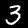
Digit: 3